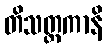
တိသတ္တကာနိ